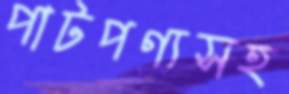
পাটপণ্যসহ